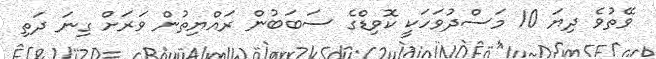
ވޭތުވެ ދިޔަ 10 މަސްދުވަހަކީ ކޮވިޑްގެ ސަބަބުން ރައްޔިތުން ވަރަށް ގިނަ ދަތި